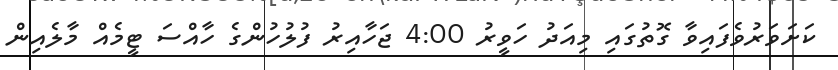
ކަށަވަރުވެފައިވާ ގޮތުގައި މިއަދު ހަވީރު 4:00 ޖަހާއިރު ފުލުހުންގެ ހާއްސަ ޓީމެއް މާލެއިން